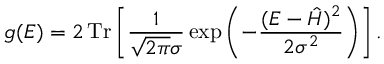
g ( E ) = 2 \operatorname { T r } \left[ \frac { 1 } { \sqrt { 2 \pi } \sigma } \exp \left( - \frac { ( E - \hat { H } ) ^ { 2 } } { 2 \sigma ^ { 2 } } \right) \right] .